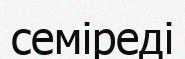
семіреді